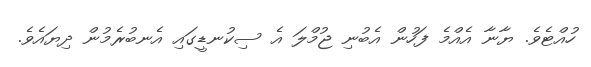
ހުއްޓެވެ. ޔާނާ އެއްމެ ފަހުން އެބުނި ޖުމްލަ އެ ސިކުނޑީގައި އެނބުރެމުން ދިޔައެވެ.